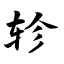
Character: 轸